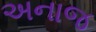
અનાજ